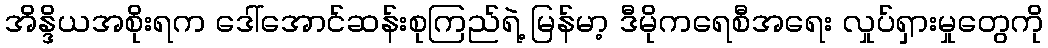
အိန္ဒိယအစိုးရက ဒေါ်အောင်ဆန်းစုကြည်ရဲ့ မြန်မာ့ ဒီမိုကရေစီအရေး လှုပ်ရှားမှုတွေကို